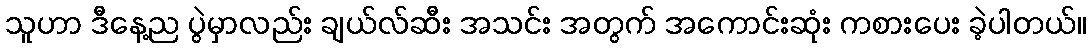
သူဟာ ဒီနေ့ည ပွဲမှာလည်း ချယ်လ်ဆီး အသင်း အတွက် အကောင်းဆုံး ကစားပေး ခဲ့ပါတယ်။